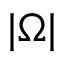
| \Omega |